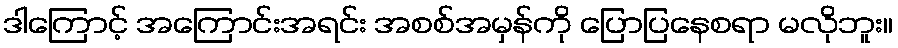
ဒါကြောင့် အကြောင်းအရင်း အစစ်အမှန်ကို ပြောပြနေစရာ မလိုဘူး။